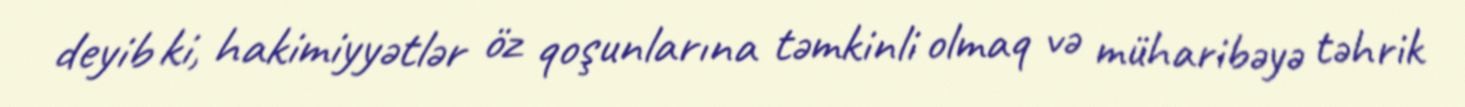
deyib ki, hakimiyyətlər öz qoşunlarına təmkinli olmaq və müharibəyə təhrik